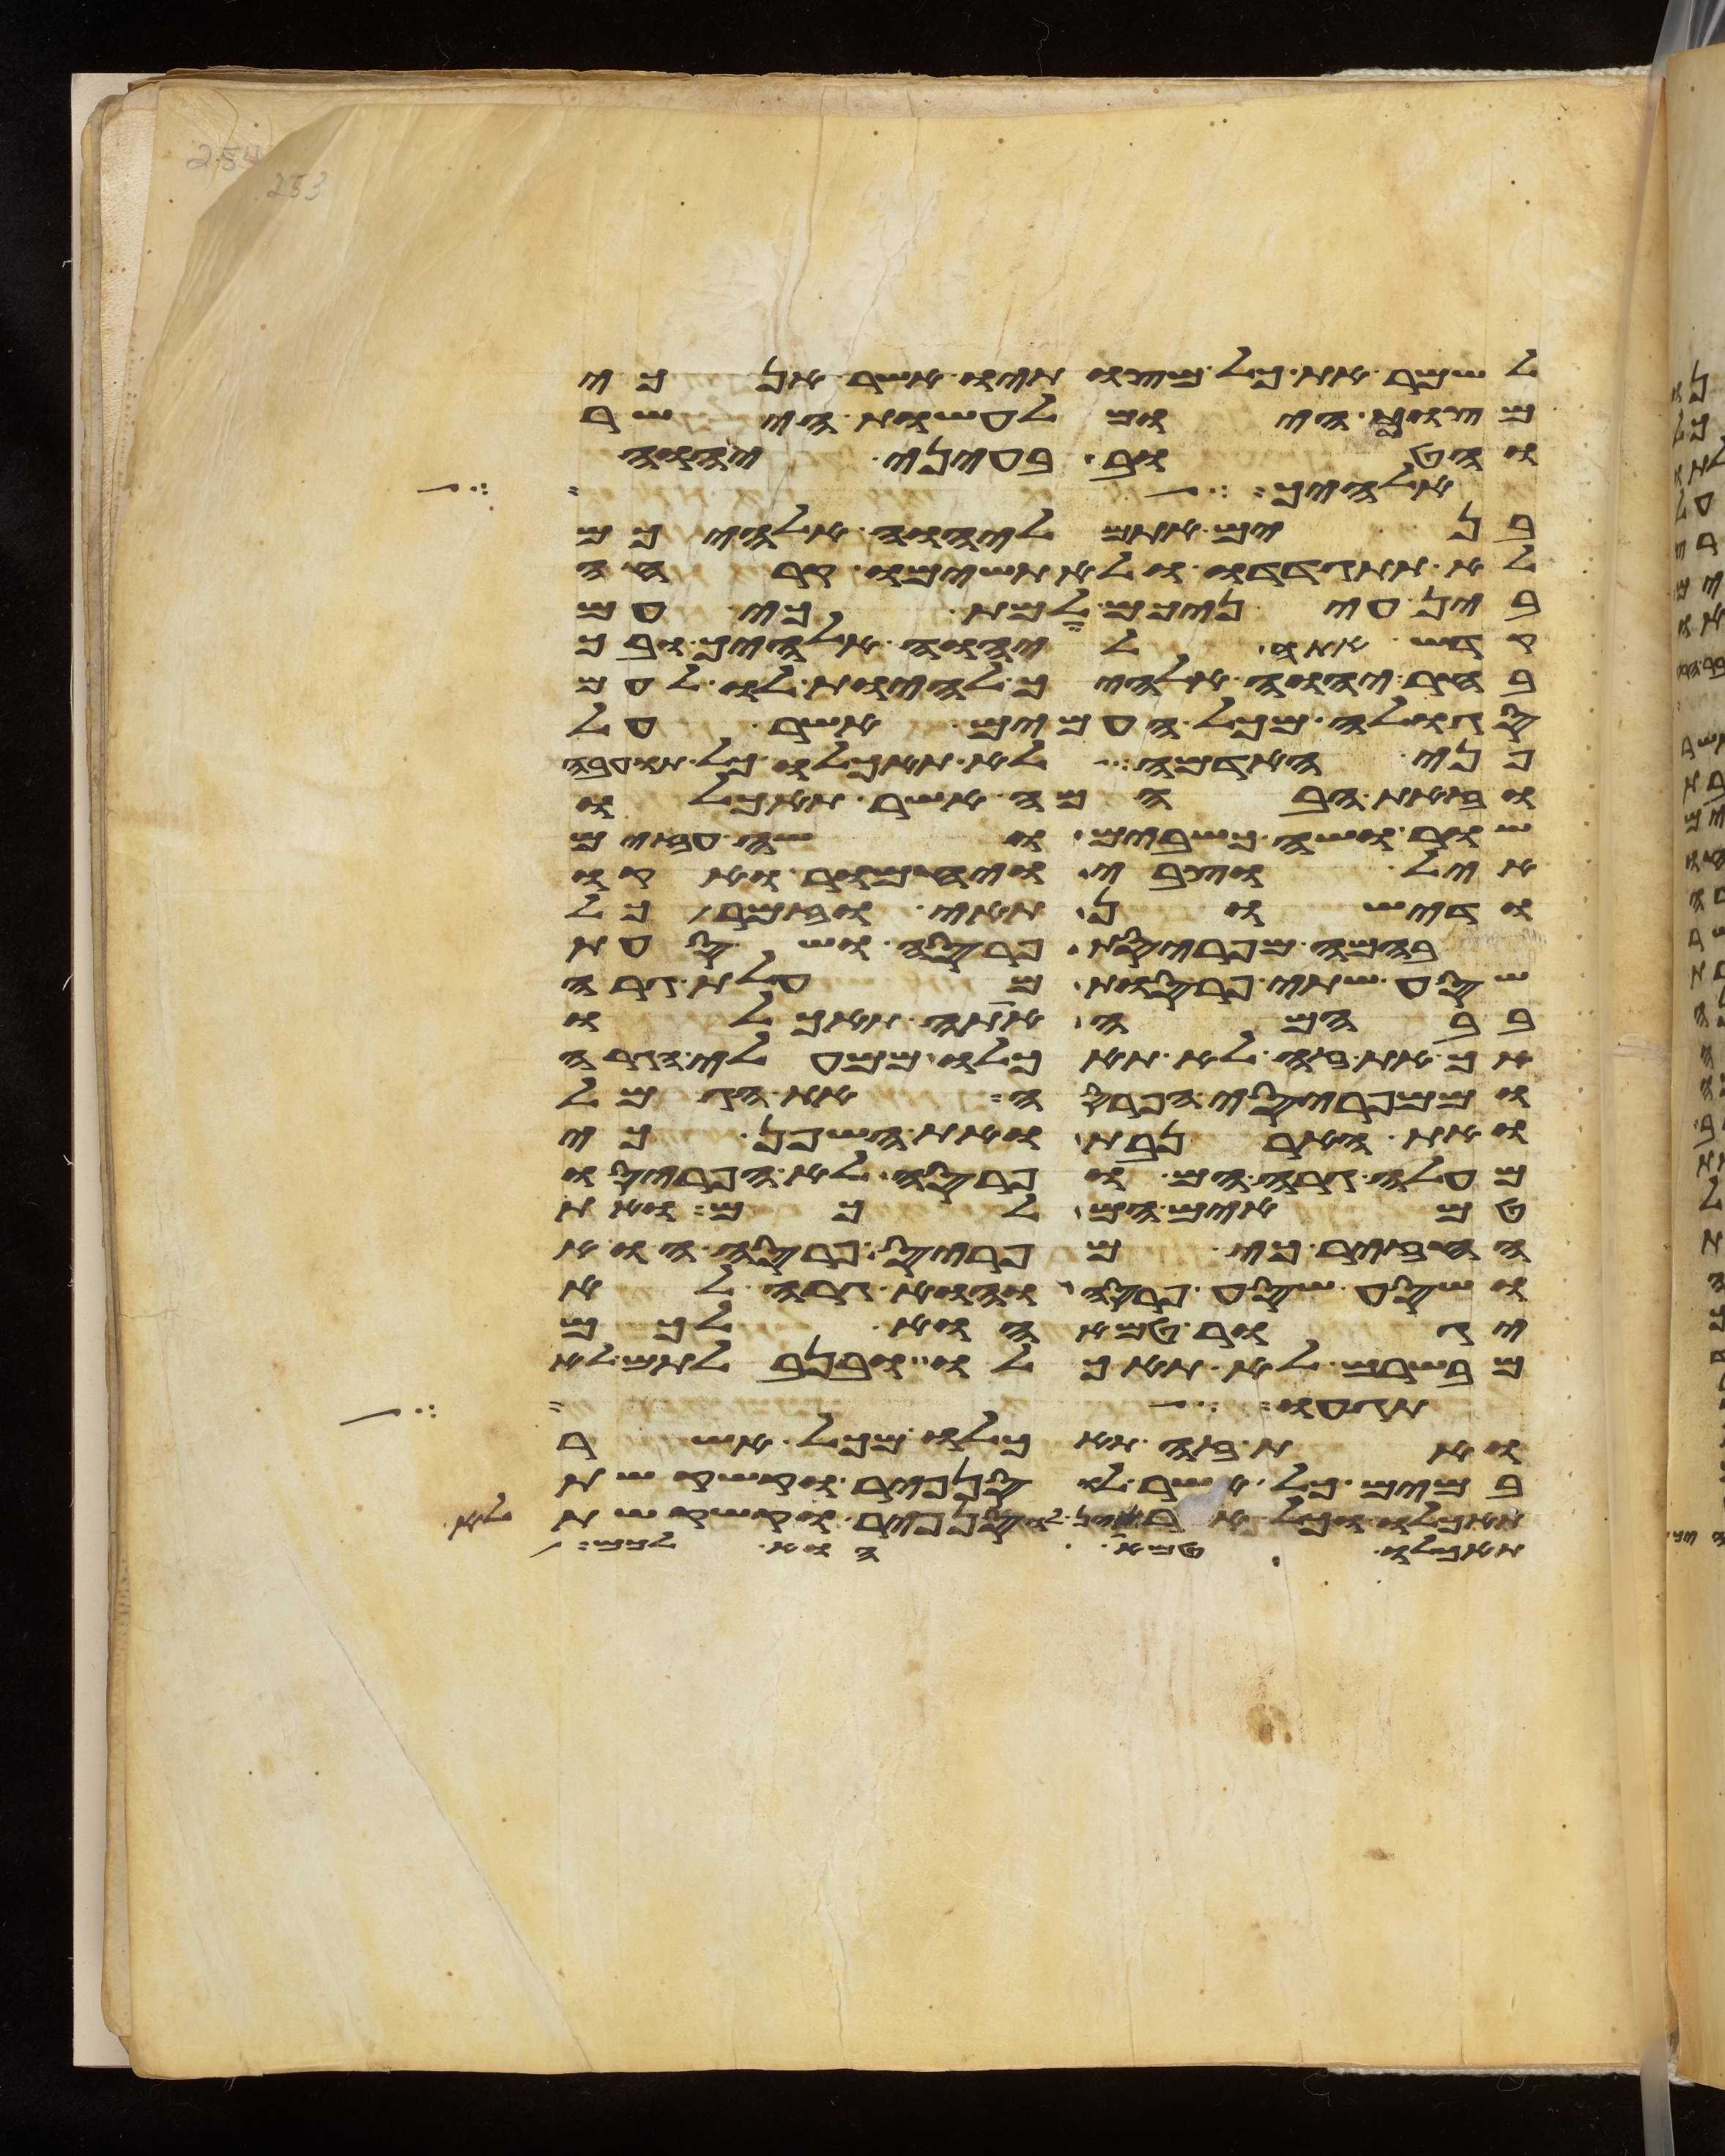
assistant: לשמר את כל מצותיו אשר אנכי
מצוך היום לעשות הישר
והטוב בעיני יהוה
אלהיך הוא ולא
בנים אתם ליהוה אלהיכם
לא תתגדדו ולא תשימו קרחה
בין עיניכם למת כי עם
קדש אתה ליהוה אלהיך ובך
בחר יהוה אלהיך להיות לו לעם
סגלה מכל העמים אשר על
פני האדמה לא תאכלו כל תועבה
וזאת הבהמה אשר תאכלו
שור ושה כשבים ושה עזים
איל וצבי ויחמור אקו
ודישון ותאי וזמר כל
בהמה מפריסת פרסה ושסעת
שסע שתי פרסות מעלות גרה
בבהמה אתה תאכלו
אך את זה לא תאכלו ממעלי הגרה
וממפריסי הפרסה את הגמל
ואת הארנבת ואת השפן כי
מעלה גרה הם ופרסה לא הפריסו
טמאים הם לכם ואת
החזיר כי מפריס פרסה הוא
ושסע שסע פרסה והוא גרה לא
יגור טמא הוא לכם
מבשרם לא תאכלו ובנבלתם לא
עור אשר יהיה
ואת זה תאכלו מכל אשר
במים כל אשר לו סנפיר וקשקשת
תאכלו וכל אשר אין לו סנפיר וקשקשת לא
תאכלו טמא הוא לכם